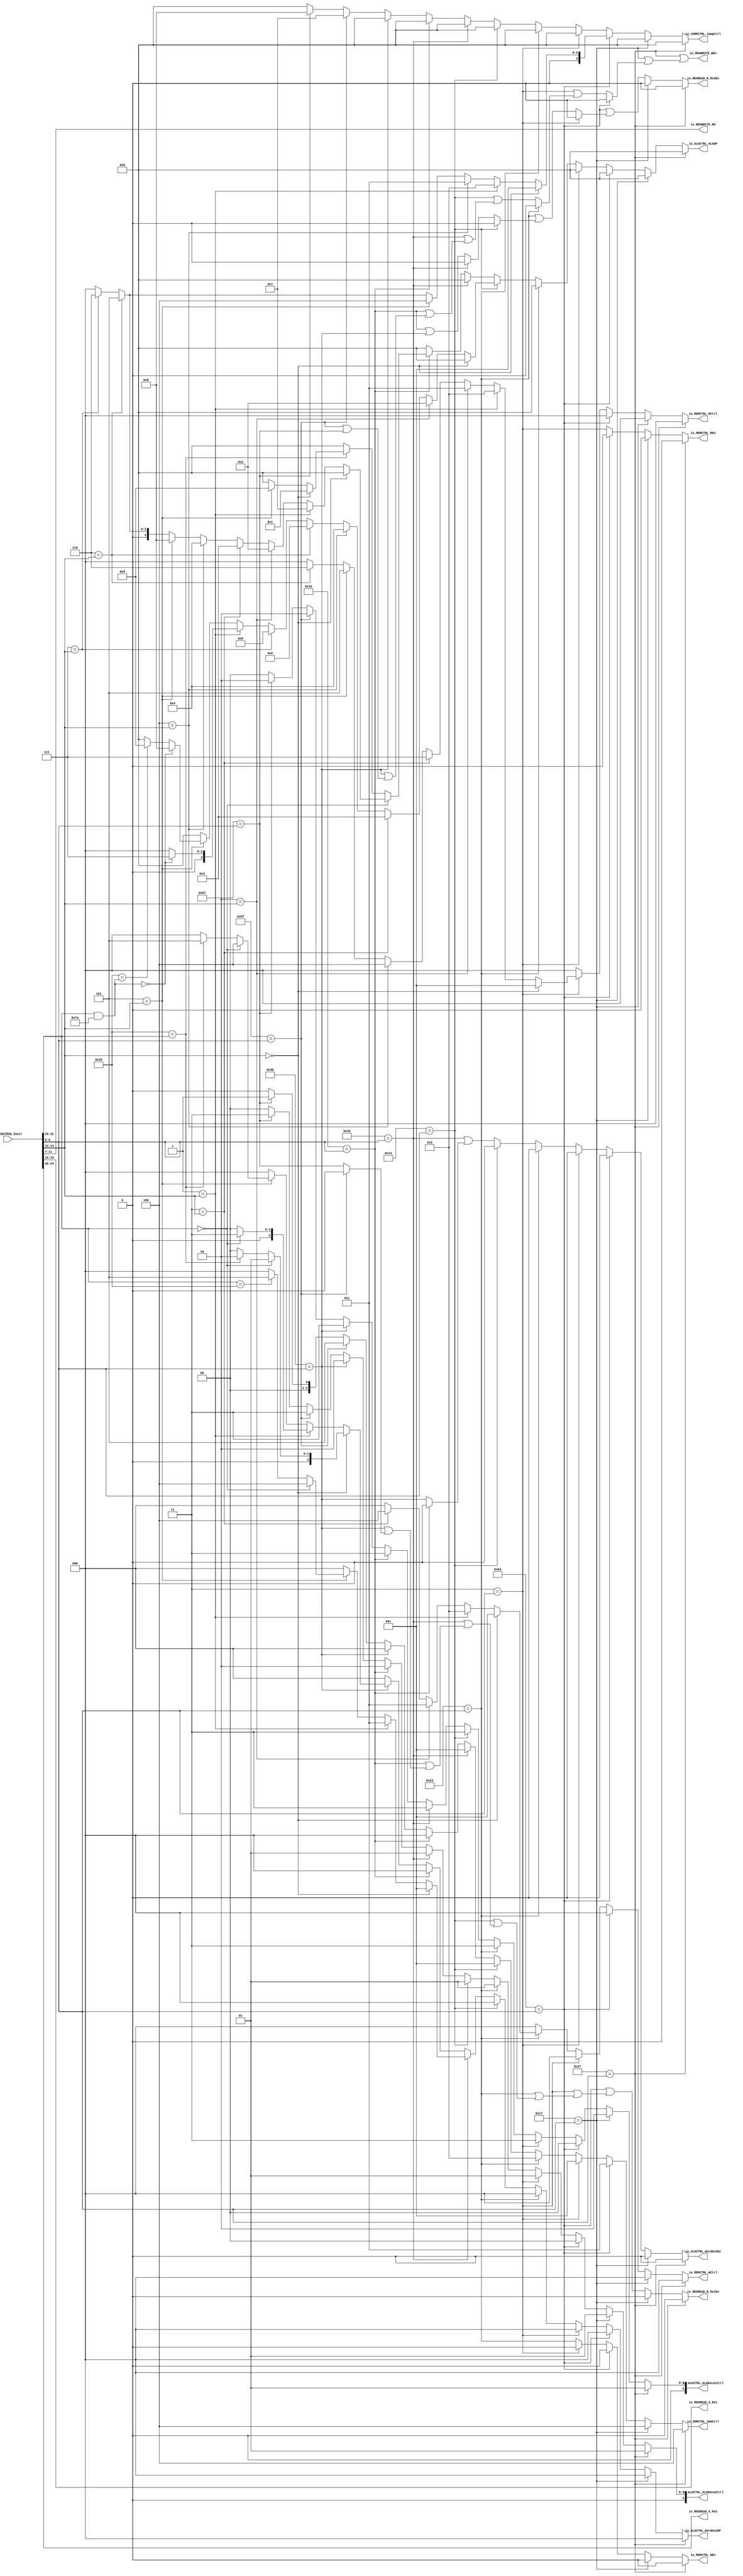
module Decoder(
  input  [31:0] io_INSTRIN_Instr,
  output [2:0]  io_IMMCTRL_ImmCtrl,
  output [3:0]  io_JUMPCTRL_JumpCtrl,
  output [3:0]  io_ALUCTRL_ALUOP,
  output [2:0]  io_ALUCTRL_ALUData1Ctrl,
  output [2:0]  io_ALUCTRL_ALUData2Ctrl,
  output        io_ALUCTRL_WordALUEn,
  output [2:0]  io_ALUCTRL_WordALUOP,
  output        io_MEMCTRL_REn,
  output [2:0]  io_MEMCTRL_RCtrl,
  output        io_MEMCTRL_WEn,
  output [2:0]  io_MEMCTRL_WCtrl,
  output        io_REGWRITE_WEn,
  output [4:0]  io_REGWRITE_Rd,
  output [4:0]  io_REGREAD_A_Rs1,
  output [4:0]  io_REGREAD_A_Rs2,
  output        io_REGREAD_B_Rs1En,
  output        io_REGREAD_B_Rs2En
);
  wire [6:0] Opcode = io_INSTRIN_Instr[6:0]; // @[Decoder.scala 93:32]
  wire [2:0] Funct3 = io_INSTRIN_Instr[14:12]; // @[Decoder.scala 95:32]
  wire [6:0] Funct7 = io_INSTRIN_Instr[31:25]; // @[Decoder.scala 98:32]
  wire  _T_3 = 3'h0 == Funct3; // @[Decoder.scala 161:21]
  wire  _T_4 = 3'h1 == Funct3; // @[Decoder.scala 161:21]
  wire  _T_5 = 3'h4 == Funct3; // @[Decoder.scala 161:21]
  wire  _T_6 = 3'h5 == Funct3; // @[Decoder.scala 161:21]
  wire  _T_7 = 3'h6 == Funct3; // @[Decoder.scala 161:21]
  wire  _T_8 = 3'h7 == Funct3; // @[Decoder.scala 161:21]
  wire [3:0] _GEN_0 = 3'h7 == Funct3 ? 4'h6 : 4'h0; // @[Decoder.scala 161:21 167:32]
  wire [3:0] _GEN_1 = 3'h6 == Funct3 ? 4'h5 : _GEN_0; // @[Decoder.scala 161:21 166:32]
  wire [3:0] _GEN_2 = 3'h5 == Funct3 ? 4'h4 : _GEN_1; // @[Decoder.scala 161:21 165:32]
  wire [3:0] _GEN_3 = 3'h4 == Funct3 ? 4'h3 : _GEN_2; // @[Decoder.scala 161:21 164:32]
  wire [3:0] _GEN_4 = 3'h1 == Funct3 ? 4'h2 : _GEN_3; // @[Decoder.scala 161:21 163:32]
  wire [3:0] _GEN_5 = 3'h0 == Funct3 ? 4'h1 : _GEN_4; // @[Decoder.scala 161:21 162:32]
  wire  _T_12 = 3'h2 == Funct3; // @[Decoder.scala 186:21]
  wire  _T_13 = 3'h3 == Funct3; // @[Decoder.scala 186:21]
  wire [2:0] _GEN_6 = _T_7 ? 3'h6 : 3'h0; // @[Decoder.scala 186:21 193:32]
  wire [2:0] _GEN_7 = _T_6 ? 3'h5 : _GEN_6; // @[Decoder.scala 186:21 192:32]
  wire [2:0] _GEN_8 = _T_5 ? 3'h4 : _GEN_7; // @[Decoder.scala 186:21 191:32]
  wire [2:0] _GEN_9 = 3'h3 == Funct3 ? 3'h7 : _GEN_8; // @[Decoder.scala 186:21 190:32]
  wire [2:0] _GEN_10 = 3'h2 == Funct3 ? 3'h3 : _GEN_9; // @[Decoder.scala 186:21 189:32]
  wire [2:0] _GEN_11 = _T_4 ? 3'h2 : _GEN_10; // @[Decoder.scala 186:21 188:32]
  wire [2:0] _GEN_12 = _T_3 ? 3'h1 : _GEN_11; // @[Decoder.scala 186:21 187:32]
  wire [2:0] _GEN_13 = _T_13 ? 3'h4 : 3'h0; // @[Decoder.scala 209:21 213:32]
  wire [2:0] _GEN_14 = _T_12 ? 3'h3 : _GEN_13; // @[Decoder.scala 209:21 212:32]
  wire [2:0] _GEN_15 = _T_4 ? 3'h2 : _GEN_14; // @[Decoder.scala 209:21 211:32]
  wire [2:0] _GEN_16 = _T_3 ? 3'h1 : _GEN_15; // @[Decoder.scala 209:21 210:32]
  wire [6:0] _T_30 = Funct7 & 7'h7e; // @[Decoder.scala 240:36]
  wire  _T_31 = 7'h0 == _T_30; // @[Decoder.scala 240:36]
  wire [3:0] _GEN_17 = 7'h0 == _T_30 ? 4'h7 : 4'h0; // @[Decoder.scala 240:{60,67}]
  wire [3:0] _GEN_18 = 7'h20 == _T_30 ? 4'h9 : 4'h0; // @[Decoder.scala 242:{60,67}]
  wire [3:0] _GEN_19 = _T_31 ? 4'h8 : _GEN_18; // @[Decoder.scala 241:{60,67}]
  wire [3:0] _GEN_20 = _T_6 ? _GEN_19 : 4'h0; // @[Decoder.scala 233:21]
  wire [3:0] _GEN_21 = _T_4 ? _GEN_17 : _GEN_20; // @[Decoder.scala 233:21]
  wire [3:0] _GEN_22 = _T_8 ? 4'h6 : _GEN_21; // @[Decoder.scala 233:21 239:29]
  wire [3:0] _GEN_23 = _T_7 ? 4'h5 : _GEN_22; // @[Decoder.scala 233:21 238:29]
  wire [3:0] _GEN_24 = _T_5 ? 4'h4 : _GEN_23; // @[Decoder.scala 233:21 237:29]
  wire [3:0] _GEN_25 = _T_13 ? 4'h3 : _GEN_24; // @[Decoder.scala 233:21 236:29]
  wire [3:0] _GEN_26 = _T_12 ? 4'h2 : _GEN_25; // @[Decoder.scala 233:21 235:29]
  wire [3:0] _GEN_27 = _T_3 ? 4'h0 : _GEN_26; // @[Decoder.scala 233:21 234:29]
  wire [2:0] _GEN_28 = Funct7 == 7'h20 ? 3'h5 : 3'h0; // @[Decoder.scala 263:{53,64}]
  wire [2:0] _GEN_29 = Funct7 == 7'h0 ? 3'h4 : _GEN_28; // @[Decoder.scala 262:{53,64}]
  wire [2:0] _GEN_30 = _T_6 ? _GEN_29 : 3'h0; // @[Decoder.scala 259:21]
  wire [2:0] _GEN_31 = _T_4 ? 3'h3 : _GEN_30; // @[Decoder.scala 259:21 261:33]
  wire [2:0] _GEN_32 = _T_3 ? 3'h1 : _GEN_31; // @[Decoder.scala 259:21 260:33]
  wire  _T_44 = 7'h0 == Funct7; // @[Decoder.scala 285:21]
  wire [3:0] _GEN_35 = _T_6 ? 4'h8 : _GEN_1; // @[Decoder.scala 287:25 293:33]
  wire [3:0] _GEN_36 = _T_5 ? 4'h4 : _GEN_35; // @[Decoder.scala 287:25 292:33]
  wire [3:0] _GEN_37 = _T_13 ? 4'h3 : _GEN_36; // @[Decoder.scala 287:25 291:33]
  wire [3:0] _GEN_38 = _T_12 ? 4'h2 : _GEN_37; // @[Decoder.scala 287:25 290:33]
  wire [3:0] _GEN_39 = _T_4 ? 4'h7 : _GEN_38; // @[Decoder.scala 287:25 289:33]
  wire [3:0] _GEN_40 = _T_3 ? 4'h0 : _GEN_39; // @[Decoder.scala 287:25 288:33]
  wire  _T_53 = 7'h20 == Funct7; // @[Decoder.scala 285:21]
  wire [3:0] _GEN_41 = _T_6 ? 4'h9 : 4'h0; // @[Decoder.scala 299:25 301:33]
  wire [3:0] _GEN_42 = _T_3 ? 4'h1 : _GEN_41; // @[Decoder.scala 299:25 300:33]
  wire [3:0] _GEN_43 = 7'h20 == Funct7 ? _GEN_42 : 4'h0; // @[Decoder.scala 285:21]
  wire [3:0] _GEN_44 = 7'h0 == Funct7 ? _GEN_40 : _GEN_43; // @[Decoder.scala 285:21]
  wire [2:0] _GEN_45 = _T_53 ? 3'h2 : 3'h0; // @[Decoder.scala 321:25 323:41]
  wire [2:0] _GEN_46 = _T_44 ? 3'h1 : _GEN_45; // @[Decoder.scala 321:25 322:41]
  wire [2:0] _GEN_47 = _T_44 ? 3'h3 : 3'h0; // @[Decoder.scala 327:25 328:41]
  wire [2:0] _GEN_48 = _T_53 ? 3'h5 : 3'h0; // @[Decoder.scala 332:25 334:41]
  wire [2:0] _GEN_49 = _T_44 ? 3'h4 : _GEN_48; // @[Decoder.scala 332:25 333:41]
  wire [2:0] _GEN_50 = _T_6 ? _GEN_49 : 3'h0; // @[Decoder.scala 319:21]
  wire [2:0] _GEN_51 = _T_4 ? _GEN_47 : _GEN_50; // @[Decoder.scala 319:21]
  wire [2:0] _GEN_52 = _T_3 ? _GEN_46 : _GEN_51; // @[Decoder.scala 319:21]
  wire [2:0] _GEN_53 = 7'h67 == Opcode ? 3'h1 : 3'h0; // @[Decoder.scala 133:17 354:19]
  wire [3:0] _GEN_54 = 7'h67 == Opcode ? 4'h8 : 4'h0; // @[Decoder.scala 133:17 355:19]
  wire [1:0] _GEN_56 = 7'h67 == Opcode ? 2'h2 : 2'h0; // @[Decoder.scala 133:17 357:20]
  wire [2:0] _GEN_57 = 7'h67 == Opcode ? 3'h3 : 3'h0; // @[Decoder.scala 133:17 358:20]
  wire [2:0] _GEN_59 = 7'h6f == Opcode ? 3'h5 : _GEN_53; // @[Decoder.scala 133:17 346:19]
  wire [3:0] _GEN_60 = 7'h6f == Opcode ? 4'h7 : _GEN_54; // @[Decoder.scala 133:17 347:19]
  wire [1:0] _GEN_62 = 7'h6f == Opcode ? 2'h2 : _GEN_56; // @[Decoder.scala 133:17 349:20]
  wire [2:0] _GEN_63 = 7'h6f == Opcode ? 3'h3 : _GEN_57; // @[Decoder.scala 133:17 350:20]
  wire  _GEN_64 = 7'h6f == Opcode | 7'h67 == Opcode; // @[Decoder.scala 133:17 351:14]
  wire  _GEN_65 = 7'h6f == Opcode ? 1'h0 : 7'h67 == Opcode; // @[Decoder.scala 133:17]
  wire [1:0] _GEN_66 = 7'h3b == Opcode ? 2'h3 : _GEN_62; // @[Decoder.scala 133:17 313:20]
  wire [2:0] _GEN_67 = 7'h3b == Opcode ? 3'h2 : _GEN_63; // @[Decoder.scala 133:17 314:20]
  wire  _GEN_68 = 7'h3b == Opcode | _GEN_64; // @[Decoder.scala 133:17 315:14]
  wire  _GEN_69 = 7'h3b == Opcode | _GEN_65; // @[Decoder.scala 133:17 316:14]
  wire [2:0] _GEN_71 = 7'h3b == Opcode ? _GEN_52 : 3'h0; // @[Decoder.scala 133:17]
  wire [2:0] _GEN_72 = 7'h3b == Opcode ? 3'h0 : _GEN_59; // @[Decoder.scala 133:17]
  wire [3:0] _GEN_73 = 7'h3b == Opcode ? 4'h0 : _GEN_60; // @[Decoder.scala 133:17]
  wire [1:0] _GEN_75 = 7'h33 == Opcode ? 2'h3 : _GEN_66; // @[Decoder.scala 133:17 280:20]
  wire [2:0] _GEN_76 = 7'h33 == Opcode ? 3'h2 : _GEN_67; // @[Decoder.scala 133:17 281:20]
  wire  _GEN_77 = 7'h33 == Opcode | _GEN_68; // @[Decoder.scala 133:17 282:14]
  wire  _GEN_78 = 7'h33 == Opcode | _GEN_69; // @[Decoder.scala 133:17 283:14]
  wire  _GEN_79 = 7'h33 == Opcode | 7'h3b == Opcode; // @[Decoder.scala 133:17 284:14]
  wire [3:0] _GEN_80 = 7'h33 == Opcode ? _GEN_44 : 4'h0; // @[Decoder.scala 133:17]
  wire  _GEN_81 = 7'h33 == Opcode ? 1'h0 : 7'h3b == Opcode; // @[Decoder.scala 133:17]
  wire [2:0] _GEN_82 = 7'h33 == Opcode ? 3'h0 : _GEN_71; // @[Decoder.scala 133:17]
  wire [2:0] _GEN_83 = 7'h33 == Opcode ? 3'h0 : _GEN_72; // @[Decoder.scala 133:17]
  wire [3:0] _GEN_84 = 7'h33 == Opcode ? 4'h0 : _GEN_73; // @[Decoder.scala 133:17]
  wire [2:0] _GEN_85 = 7'h1b == Opcode ? 3'h1 : _GEN_83; // @[Decoder.scala 133:17 253:19]
  wire [1:0] _GEN_86 = 7'h1b == Opcode ? 2'h3 : _GEN_75; // @[Decoder.scala 133:17 254:20]
  wire [2:0] _GEN_87 = 7'h1b == Opcode ? 3'h1 : _GEN_76; // @[Decoder.scala 133:17 255:20]
  wire  _GEN_88 = 7'h1b == Opcode | _GEN_77; // @[Decoder.scala 133:17 256:17]
  wire  _GEN_89 = 7'h1b == Opcode | _GEN_78; // @[Decoder.scala 133:17 257:17]
  wire  _GEN_90 = 7'h1b == Opcode | _GEN_81; // @[Decoder.scala 133:17 258:17]
  wire [2:0] _GEN_91 = 7'h1b == Opcode ? _GEN_32 : _GEN_82; // @[Decoder.scala 133:17]
  wire  _GEN_92 = 7'h1b == Opcode ? 1'h0 : _GEN_79; // @[Decoder.scala 133:17]
  wire [3:0] _GEN_93 = 7'h1b == Opcode ? 4'h0 : _GEN_80; // @[Decoder.scala 133:17]
  wire [3:0] _GEN_94 = 7'h1b == Opcode ? 4'h0 : _GEN_84; // @[Decoder.scala 133:17]
  wire [2:0] _GEN_95 = 7'h13 == Opcode ? 3'h1 : _GEN_85; // @[Decoder.scala 133:17 228:19]
  wire [1:0] _GEN_96 = 7'h13 == Opcode ? 2'h3 : _GEN_86; // @[Decoder.scala 133:17 229:20]
  wire [2:0] _GEN_97 = 7'h13 == Opcode ? 3'h1 : _GEN_87; // @[Decoder.scala 133:17 230:20]
  wire  _GEN_98 = 7'h13 == Opcode | _GEN_88; // @[Decoder.scala 133:17 231:14]
  wire  _GEN_99 = 7'h13 == Opcode | _GEN_89; // @[Decoder.scala 133:17 232:14]
  wire [3:0] _GEN_100 = 7'h13 == Opcode ? _GEN_27 : _GEN_93; // @[Decoder.scala 133:17]
  wire  _GEN_101 = 7'h13 == Opcode ? 1'h0 : _GEN_90; // @[Decoder.scala 133:17]
  wire [2:0] _GEN_102 = 7'h13 == Opcode ? 3'h0 : _GEN_91; // @[Decoder.scala 133:17]
  wire  _GEN_103 = 7'h13 == Opcode ? 1'h0 : _GEN_92; // @[Decoder.scala 133:17]
  wire [3:0] _GEN_104 = 7'h13 == Opcode ? 4'h0 : _GEN_94; // @[Decoder.scala 133:17]
  wire [2:0] _GEN_105 = 7'h23 == Opcode ? 3'h2 : _GEN_95; // @[Decoder.scala 133:17 202:19]
  wire [3:0] _GEN_106 = 7'h23 == Opcode ? 4'h0 : _GEN_100; // @[Decoder.scala 133:17 203:20]
  wire [1:0] _GEN_107 = 7'h23 == Opcode ? 2'h3 : _GEN_96; // @[Decoder.scala 133:17 204:20]
  wire [2:0] _GEN_108 = 7'h23 == Opcode ? 3'h1 : _GEN_97; // @[Decoder.scala 133:17 205:20]
  wire  _GEN_110 = 7'h23 == Opcode | _GEN_99; // @[Decoder.scala 133:17 207:14]
  wire  _GEN_111 = 7'h23 == Opcode | _GEN_103; // @[Decoder.scala 133:17 208:14]
  wire [2:0] _GEN_112 = 7'h23 == Opcode ? _GEN_16 : 3'h0; // @[Decoder.scala 133:17]
  wire  _GEN_113 = 7'h23 == Opcode ? 1'h0 : _GEN_98; // @[Decoder.scala 133:17]
  wire  _GEN_114 = 7'h23 == Opcode ? 1'h0 : _GEN_101; // @[Decoder.scala 133:17]
  wire [2:0] _GEN_115 = 7'h23 == Opcode ? 3'h0 : _GEN_102; // @[Decoder.scala 133:17]
  wire [3:0] _GEN_116 = 7'h23 == Opcode ? 4'h0 : _GEN_104; // @[Decoder.scala 133:17]
  wire [2:0] _GEN_117 = 7'h3 == Opcode ? 3'h1 : _GEN_105; // @[Decoder.scala 133:17 179:19]
  wire [3:0] _GEN_118 = 7'h3 == Opcode ? 4'h0 : _GEN_106; // @[Decoder.scala 133:17 180:19]
  wire [1:0] _GEN_119 = 7'h3 == Opcode ? 2'h3 : _GEN_107; // @[Decoder.scala 133:17 181:20]
  wire [2:0] _GEN_120 = 7'h3 == Opcode ? 3'h1 : _GEN_108; // @[Decoder.scala 133:17 182:20]
  wire  _GEN_122 = 7'h3 == Opcode | _GEN_113; // @[Decoder.scala 133:17 184:14]
  wire  _GEN_123 = 7'h3 == Opcode | _GEN_110; // @[Decoder.scala 133:17 185:14]
  wire [2:0] _GEN_124 = 7'h3 == Opcode ? _GEN_12 : 3'h0; // @[Decoder.scala 133:17]
  wire  _GEN_125 = 7'h3 == Opcode ? 1'h0 : 7'h23 == Opcode; // @[Decoder.scala 133:17]
  wire  _GEN_126 = 7'h3 == Opcode ? 1'h0 : _GEN_111; // @[Decoder.scala 133:17]
  wire [2:0] _GEN_127 = 7'h3 == Opcode ? 3'h0 : _GEN_112; // @[Decoder.scala 133:17]
  wire  _GEN_128 = 7'h3 == Opcode ? 1'h0 : _GEN_114; // @[Decoder.scala 133:17]
  wire [2:0] _GEN_129 = 7'h3 == Opcode ? 3'h0 : _GEN_115; // @[Decoder.scala 133:17]
  wire [3:0] _GEN_130 = 7'h3 == Opcode ? 4'h0 : _GEN_116; // @[Decoder.scala 133:17]
  wire [2:0] _GEN_131 = 7'h63 == Opcode ? 3'h3 : _GEN_117; // @[Decoder.scala 133:17 158:15]
  wire  _GEN_132 = 7'h63 == Opcode | _GEN_123; // @[Decoder.scala 133:17 159:15]
  wire  _GEN_133 = 7'h63 == Opcode | _GEN_126; // @[Decoder.scala 133:17 160:15]
  wire [3:0] _GEN_134 = 7'h63 == Opcode ? _GEN_5 : _GEN_130; // @[Decoder.scala 133:17]
  wire [3:0] _GEN_135 = 7'h63 == Opcode ? 4'h0 : _GEN_118; // @[Decoder.scala 133:17]
  wire [1:0] _GEN_136 = 7'h63 == Opcode ? 2'h0 : _GEN_119; // @[Decoder.scala 133:17]
  wire [2:0] _GEN_137 = 7'h63 == Opcode ? 3'h0 : _GEN_120; // @[Decoder.scala 133:17]
  wire  _GEN_138 = 7'h63 == Opcode ? 1'h0 : 7'h3 == Opcode; // @[Decoder.scala 133:17]
  wire  _GEN_139 = 7'h63 == Opcode ? 1'h0 : _GEN_122; // @[Decoder.scala 133:17]
  wire [2:0] _GEN_140 = 7'h63 == Opcode ? 3'h0 : _GEN_124; // @[Decoder.scala 133:17]
  wire  _GEN_141 = 7'h63 == Opcode ? 1'h0 : _GEN_125; // @[Decoder.scala 133:17]
  wire [2:0] _GEN_142 = 7'h63 == Opcode ? 3'h0 : _GEN_127; // @[Decoder.scala 133:17]
  wire  _GEN_143 = 7'h63 == Opcode ? 1'h0 : _GEN_128; // @[Decoder.scala 133:17]
  wire [2:0] _GEN_144 = 7'h63 == Opcode ? 3'h0 : _GEN_129; // @[Decoder.scala 133:17]
  wire [2:0] _GEN_145 = 7'h17 == Opcode ? 3'h4 : _GEN_131; // @[Decoder.scala 133:17 144:19]
  wire [3:0] _GEN_146 = 7'h17 == Opcode ? 4'h0 : _GEN_135; // @[Decoder.scala 133:17 145:19]
  wire [1:0] _GEN_147 = 7'h17 == Opcode ? 2'h2 : _GEN_136; // @[Decoder.scala 133:17 146:20]
  wire [2:0] _GEN_148 = 7'h17 == Opcode ? 3'h1 : _GEN_137; // @[Decoder.scala 133:17 147:20]
  wire  _GEN_149 = 7'h17 == Opcode | _GEN_139; // @[Decoder.scala 133:17 148:19]
  wire  _GEN_150 = 7'h17 == Opcode ? 1'h0 : _GEN_132; // @[Decoder.scala 133:17]
  wire  _GEN_151 = 7'h17 == Opcode ? 1'h0 : _GEN_133; // @[Decoder.scala 133:17]
  wire [3:0] _GEN_152 = 7'h17 == Opcode ? 4'h0 : _GEN_134; // @[Decoder.scala 133:17]
  wire  _GEN_153 = 7'h17 == Opcode ? 1'h0 : _GEN_138; // @[Decoder.scala 133:17]
  wire [2:0] _GEN_154 = 7'h17 == Opcode ? 3'h0 : _GEN_140; // @[Decoder.scala 133:17]
  wire  _GEN_155 = 7'h17 == Opcode ? 1'h0 : _GEN_141; // @[Decoder.scala 133:17]
  wire [2:0] _GEN_156 = 7'h17 == Opcode ? 3'h0 : _GEN_142; // @[Decoder.scala 133:17]
  wire  _GEN_157 = 7'h17 == Opcode ? 1'h0 : _GEN_143; // @[Decoder.scala 133:17]
  wire [2:0] _GEN_158 = 7'h17 == Opcode ? 3'h0 : _GEN_144; // @[Decoder.scala 133:17]
  wire [1:0] ALUData1Ctrl = 7'h37 == Opcode ? 2'h1 : _GEN_147; // @[Decoder.scala 133:17 138:20]
  assign io_IMMCTRL_ImmCtrl = 7'h37 == Opcode ? 3'h4 : _GEN_145; // @[Decoder.scala 133:17 136:20]
  assign io_JUMPCTRL_JumpCtrl = 7'h37 == Opcode ? 4'h0 : _GEN_152; // @[Decoder.scala 133:17]
  assign io_ALUCTRL_ALUOP = 7'h37 == Opcode ? 4'h0 : _GEN_146; // @[Decoder.scala 133:17 137:20]
  assign io_ALUCTRL_ALUData1Ctrl = {{1'd0}, ALUData1Ctrl}; // @[Decoder.scala 419:27]
  assign io_ALUCTRL_ALUData2Ctrl = 7'h37 == Opcode ? 3'h1 : _GEN_148; // @[Decoder.scala 133:17 139:20]
  assign io_ALUCTRL_WordALUEn = 7'h37 == Opcode ? 1'h0 : _GEN_157; // @[Decoder.scala 133:17]
  assign io_ALUCTRL_WordALUOP = 7'h37 == Opcode ? 3'h0 : _GEN_158; // @[Decoder.scala 133:17]
  assign io_MEMCTRL_REn = 7'h37 == Opcode ? 1'h0 : _GEN_153; // @[Decoder.scala 133:17]
  assign io_MEMCTRL_RCtrl = 7'h37 == Opcode ? 3'h0 : _GEN_154; // @[Decoder.scala 133:17]
  assign io_MEMCTRL_WEn = 7'h37 == Opcode ? 1'h0 : _GEN_155; // @[Decoder.scala 133:17]
  assign io_MEMCTRL_WCtrl = 7'h37 == Opcode ? 3'h0 : _GEN_156; // @[Decoder.scala 133:17]
  assign io_REGWRITE_WEn = 7'h37 == Opcode | _GEN_149; // @[Decoder.scala 133:17 140:20]
  assign io_REGWRITE_Rd = io_INSTRIN_Instr[11:7]; // @[Decoder.scala 94:32]
  assign io_REGREAD_A_Rs1 = io_INSTRIN_Instr[19:15]; // @[Decoder.scala 96:32]
  assign io_REGREAD_A_Rs2 = io_INSTRIN_Instr[24:20]; // @[Decoder.scala 97:32]
  assign io_REGREAD_B_Rs1En = 7'h37 == Opcode ? 1'h0 : _GEN_150; // @[Decoder.scala 133:17]
  assign io_REGREAD_B_Rs2En = 7'h37 == Opcode ? 1'h0 : _GEN_151; // @[Decoder.scala 133:17]
endmodule